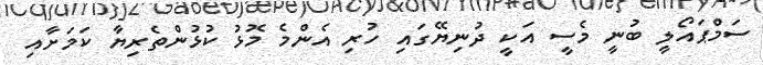
ސަމްޕައޯލީ ބުނީ މެސީ އަކީ ދުނިޔޭގައި ހުރި އެންމެ މޮޅު ކުޅުންތެރިޔާ ކަމަށާއި